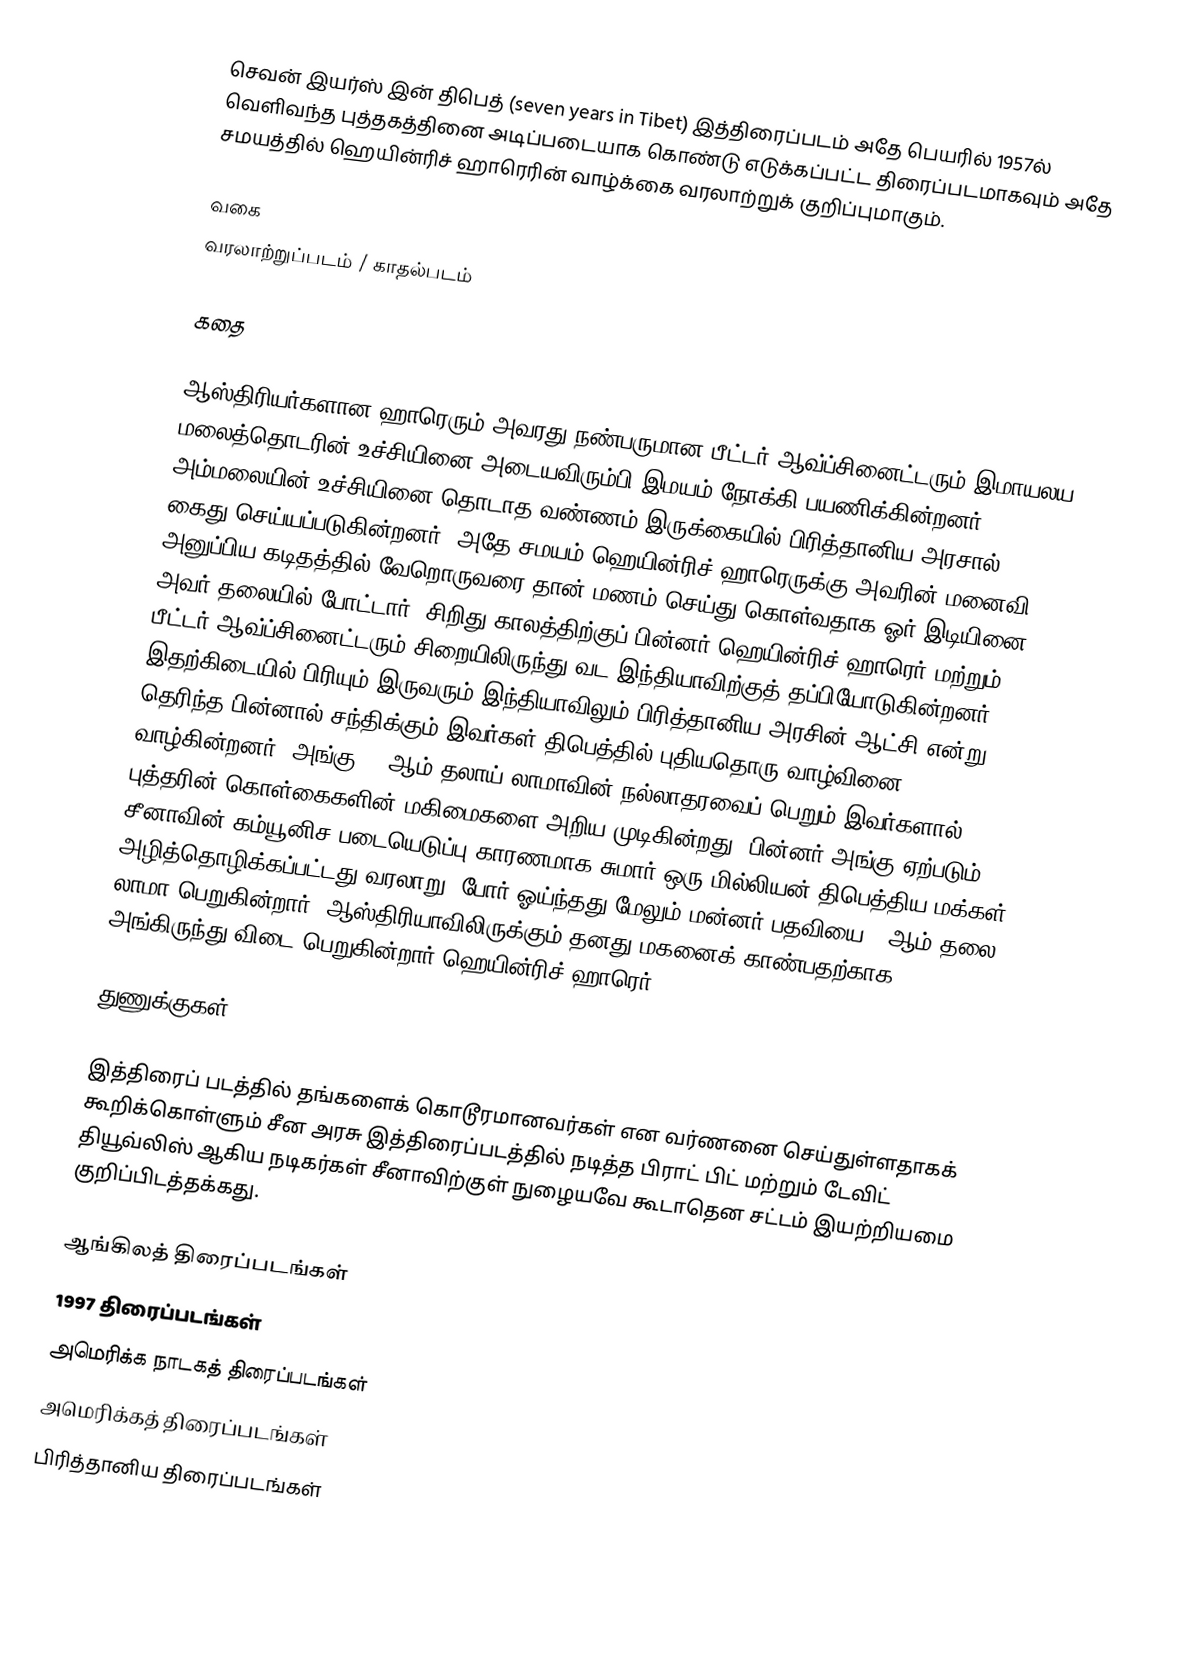
செவன் இயர்ஸ் இன் திபெத் (seven years in Tibet) இத்திரைப்படம் அதே பெயரில் 1957ல் வெளிவந்த புத்தகத்தினை அடிப்படையாக கொண்டு எடுக்கப்பட்ட திரைப்படமாகவும் அதே சமயத்தில் ஹெயின்ரிச் ஹாரெரின் வாழ்க்கை வரலாற்றுக் குறிப்புமாகும்.

வகை
வரலாற்றுப்படம் / காதல்படம்

கதை

ஆஸ்திரியர்களான ஹாரெரும் அவரது நண்பருமான பீட்டர் ஆவ்ப்சினைட்டரும் இமாயலய மலைத்தொடரின் உச்சியினை அடையவிரும்பி இமயம் நோக்கி பயணிக்கின்றனர். அம்மலையின் உச்சியினை தொடாத வண்ணம் இருக்கையில் பிரித்தானிய அரசால் கைது செய்யப்படுகின்றனர். அதே சமயம் ஹெயின்ரிச் ஹாரெருக்கு அவரின் மனைவி அனுப்பிய கடிதத்தில் வேறொருவரை தான் மணம் செய்து கொள்வதாக ஓர் இடியினை அவர் தலையில் போட்டார். சிறிது காலத்திற்குப் பின்னர் ஹெயின்ரிச் ஹாரெர் மற்றும் பீட்டர் ஆவ்ப்சினைட்டரும் சிறையிலிருந்து வட இந்தியாவிற்குத் தப்பியோடுகின்றனர். இதற்கிடையில் பிரியும் இருவரும் இந்தியாவிலும் பிரித்தானிய அரசின் ஆட்சி  என்று தெரிந்த பின்னால் சந்திக்கும் இவர்கள் திபெத்தில் புதியதொரு வாழ்வினை வாழ்கின்றனர். அங்கு 14 ஆம் தலாய் லாமாவின் நல்லாதரவைப் பெறும் இவர்களால் புத்தரின் கொள்கைகளின் மகிமைகளை அறிய முடிகின்றது. பின்னர் அங்கு ஏற்படும் சீனாவின் கம்யூனிச படையெடுப்பு காரணமாக சுமார் ஒரு மில்லியன் திபெத்திய மக்கள் அழித்தொழிக்கப்பட்டது வரலாறு. போர் ஓய்ந்தது மேலும் மன்னர் பதவியை 14ஆம் தலை லாமா பெறுகின்றார். ஆஸ்திரியாவிலிருக்கும் தனது மகனைக் காண்பதற்காக அங்கிருந்து விடை பெறுகின்றார் ஹெயின்ரிச் ஹாரெர்.

துணுக்குகள்

இத்திரைப் படத்தில் தங்களைக் கொடூரமானவர்கள் என வர்ணனை செய்துள்ளதாகக் கூறிக்கொள்ளும் சீன அரசு இத்திரைப்படத்தில் நடித்த பிராட் பிட் மற்றும் டேவிட் தியூவ்லிஸ் ஆகிய நடிகர்கள் சீனாவிற்குள் நுழையவே கூடாதென சட்டம் இயற்றியமை குறிப்பிடத்தக்கது.

ஆங்கிலத் திரைப்படங்கள்
1997 திரைப்படங்கள்
அமெரிக்க நாடகத் திரைப்படங்கள்
அமெரிக்கத் திரைப்படங்கள்
பிரித்தானிய திரைப்படங்கள்